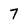
Character: 7